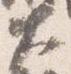
大